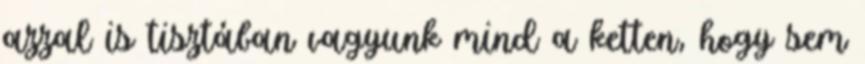
azzal is tisztában vagyunk mind a ketten, hogy sem